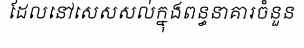
ដែលនៅសេសសល់ក្នុងពន្ធនាគារចំនួន